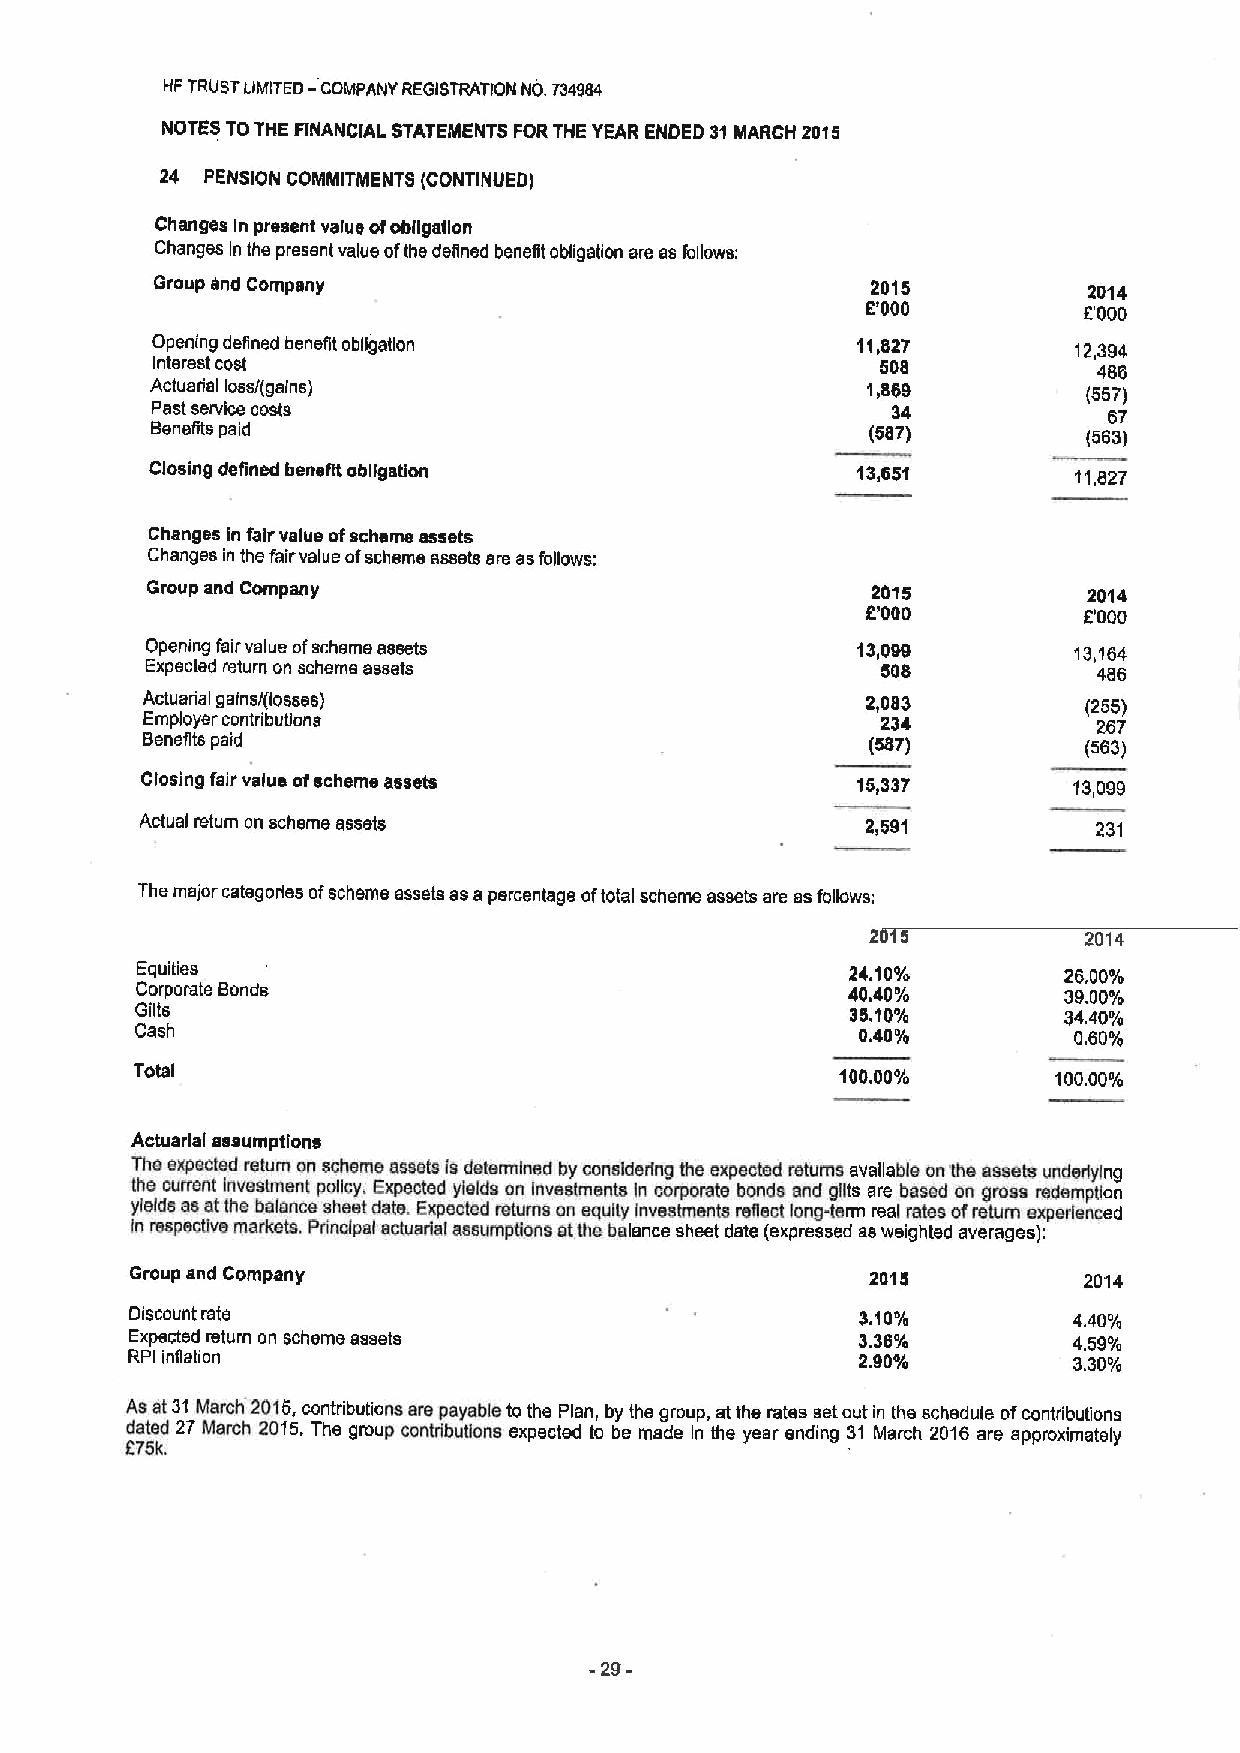
HFTRUSTLIMITED— COMPANY REGISTRATION NO. 734984
 NOTES TOTHE FINANCiAL STATEMENTS FORTHE YEAR ENDED 31MARCH 2015
 24 PENSION COMMITMENTS (CONTINUED)
 Changes In present value ofobllgailon
 Changes In the present value ofthe depned benept obligation are as follows:
 Group Snd Company                               2015          2014
 6"000
 E000
 Opening defined benefit obpgatlon              11,827        12,394
 Interest cost                                   508            486
 Actuarial loss/(gains)                         1,889          (567)
 Pest service costs                               34            67
 Benefits paid                                   (587)         (563)
 Closing defined benefit obligation             13,651        11,827
 Changes in fair value ofscheme assets
 Changes in the fairvalue ofscheme assets ere asfollows:
 Group and Company                               2015          2014
 2'000          E000
 Opening fair value ofscheme assets             13,099        13,164
 Expected return on scheme assets                508            486
 Actuarial gains/(losses)                        2,083          (255)
 Employer contributions                           234            267
 Benefits paid                                    (587)         (563)
 Closing fair value ofscheme assets              15,337        13,099
 Actual return on scheme assets                  2,591           231
 The major categories ofscheme assets as a percentage oftotal scheme assets are as follows;
 2 5           2014
 Equities                                       24.10%        26,00%
 Corporate Bonds                                40.40%        39.00%
 Gilts                                          351po/o       34.40%
 Cash                                            0.40'/o       0,60%
 Total                                          1PPPP%        10000%
 Actuarial assumptions
 The expeclsd return on scheme assets fs determined by considering the expected returns available onthe aeseta underlying
 the current Investment policy. Expected yields cn Inves!ments In corporate bonds and gSts are based on gross redemption
 yfelds as at the balance sheet date. Expected relume cn eqully inveshnents reflect lang-term real rates ofreturn experienced
 fn respective markets. Principal actuarial aaaumpgons stthe balance sheet date (expressed as weighted averages):
 Group snd Company                                2015          2014
 Discount rate                                   3.10o/o       4,40%
 Expected return on scheme assets                3.36%         4.59%
 RPI inflation                                    2.90%         3.30%
 As at31Mamh 2015,contributions sre payable tothe plan, by the group, atthe rates set out in the schedule ofcontributions
 dated 27 March 2015.The group contrlbupons expected to be made In the year ending 31 March 2016 are approximately
 275k.
 -29-